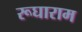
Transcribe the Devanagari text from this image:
रूघाराम